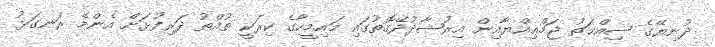
ދުނިޔޭގެ ޞިއްޙަތު ޖަމްޢިއްޔާއިން އިރުޝާދުދޭގޮތުގައި މައިމީހާގެ ކިރަކީ ތުއްތު ދަރިފުޅަށް އެންމެ ރަނގަޅު